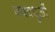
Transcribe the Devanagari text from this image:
नववधुओं